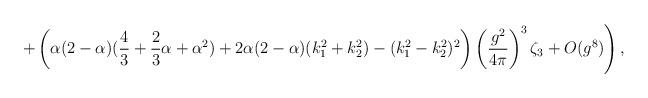
LaTeX: \begin{align*}\left. +\left( \alpha (2-\alpha )(\frac 43+\frac 23\alpha+\alpha ^2)+2\alpha (2-\alpha )(k_1^2+k_2^2)-(k_1^2-k_2^2)^2\right) \left(\frac{g^2}{4\pi }\right) ^3\zeta _3+O(g^8)\right) ,\end{align*}